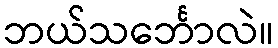
ဘယ်သင်္ဘောလဲ။